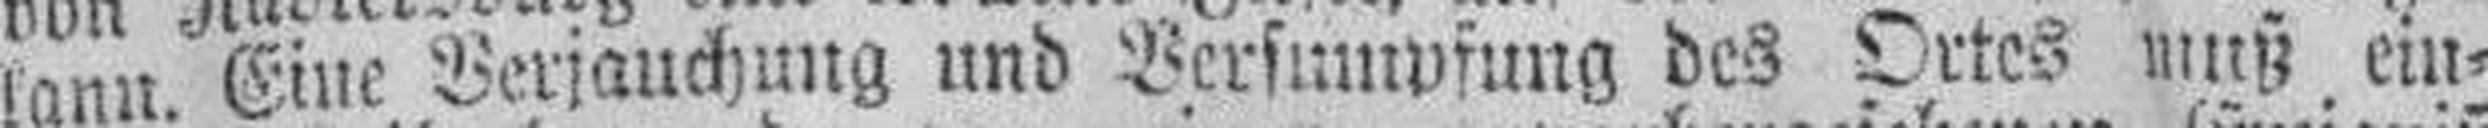
kann. Eine Verjauchung und Versumpfung des Ortes muß ein¬